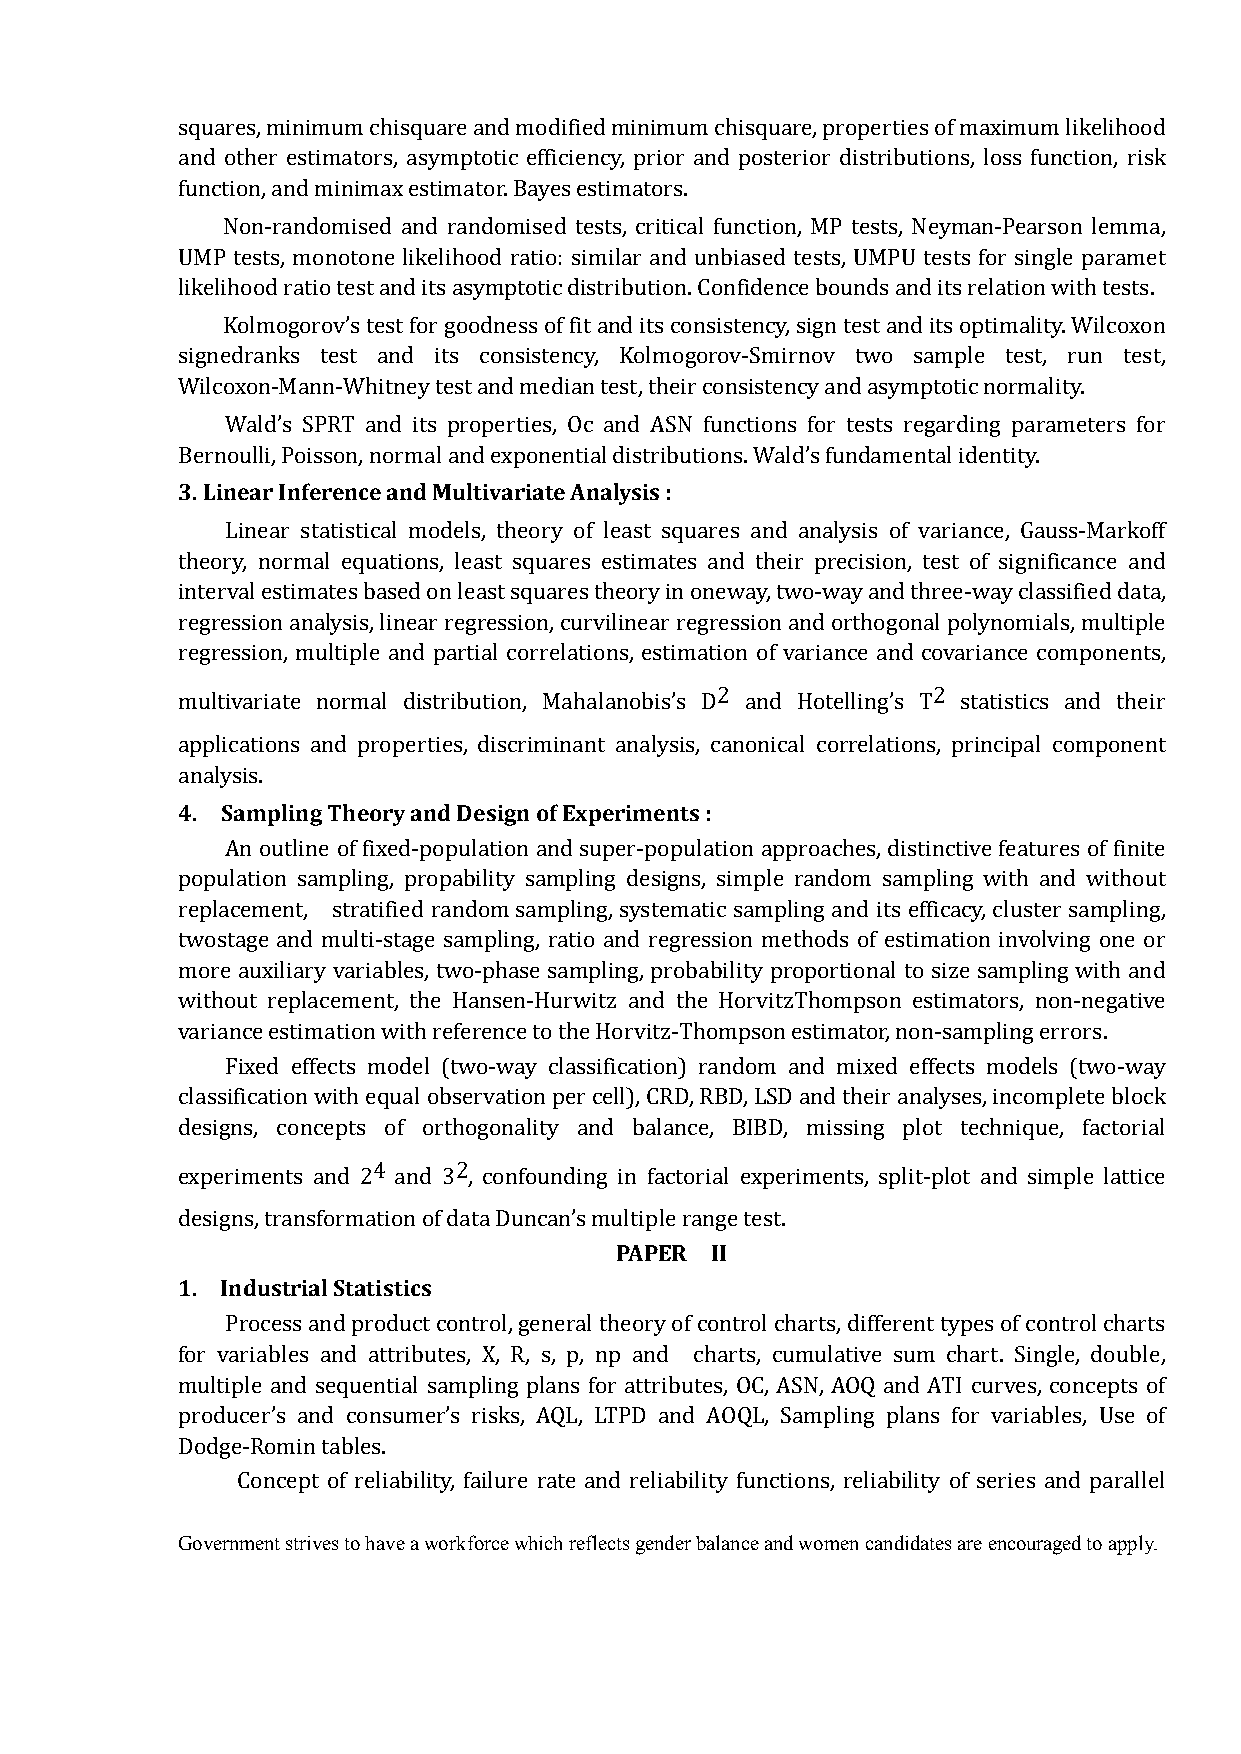
squares, minimum chisquare and modified minimum chisquare, properties of maximum likelihood
 and other estimators, asymptotic efficiency, prior and posterior distributions, loss function, risk
 function, and minimax estimator. Bayes estimators.
 Non-randomised and randomised tests, critical function, MP tests, Neyman-Pearson lemma,
 UMP tests, monotone likelihood ratio: similar and unbiased tests, UMPU tests for single paramet
 likelihood ratio test and its asymptotic distribution. Confidence bounds and its relation with tests.
 Kolmogorov’s test for goodness of fit and its consistency, sign test and its optimality. Wilcoxon
 signedranks test and its consistency, Kolmogorov-Smirnov two sample test, run test,
 Wilcoxon-Mann-Whitney test and median test, their consistency and asymptotic normality.
 Wald’s SPRT and its properties, Oc and ASN functions for tests regarding parameters for
 3. Linear Inference and Multivariate Analysis :
 Bernoulli, Poisson, normal and exponential distributions. Wald’s fundamental identity.
 Linear statistical models, theory of least squares and analysis of variance, Gauss-Markoff
 theory, normal equations, least squares estimates and their precision, test of significance and
 interval estimates based on least squares theory in oneway, two-way and three-way classified data,
 regression analysis, linear regression, curvilinear regression and orthogonal polynomials, multiple
 regression, multiple and partial correlations, estimation of variance and covariance components,
 multivariate normal distribution, Mahalanobis’s D2 and Hotelling’s T2 statistics and their
 applications and properties, discriminant analysis, canonical correlations, principal component
 4. Sampling Theory and Design of Experiments :
 analysis.
 An outline of fixed-population and super-population approaches, distinctive features of finite
 population sampling, propability sampling designs, simple random sampling with and without
 replacement, stratified random sampling, systematic sampling and its efficacy, cluster sampling,
 twostage and multi-stage sampling, ratio and regression methods of estimation involving one or
 more auxiliary variables, two-phase sampling, probability proportional to size sampling with and
 without replacement, the Hansen-Hurwitz and the HorvitzThompson estimators, non-negative
 variance estimation with reference to the Horvitz-Thompson estimator, non-sampling errors.
 Fixed effects model (two-way classification) random and mixed effects models (two-way
 classification with equal observation per cell), CRD, RBD, LSD and their analyses, incomplete block
 designs, concepts of orthogonality and balance, BIBD, missing plot technique, factorial
 experiments and 24 and 32, confounding in factorial experiments, split-plot and simple lattice
 PAPER II
 designs, transformation of data Duncan’s multiple range test.
 1. Industrial Statistics
 Process and product control, general theory of control charts, different types of control charts
 for variables and attributes, X, R, s, p, np and charts, cumulative sum chart. Single, double,
 multiple and sequential sampling plans for attributes, OC, ASN, AOQ and ATI curves, concepts of
 producer’s and consumer’s risks, AQL, LTPD and AOQL, Sampling plans for variables, Use of
 Dodge-Romin tables.
 Concept of reliability, failure rate and reliability functions, reliability of series and parallel
 Government strives to have a workforce which reflects gender balance and women candidates are encouraged to apply.